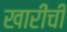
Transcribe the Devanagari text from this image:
खारीची